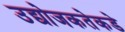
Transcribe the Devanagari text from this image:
उद्योजकतेकडे